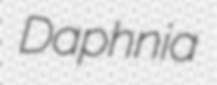
Daphnia